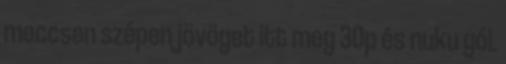
meccsen szépen jövöget itt meg 30p és nuku gól.